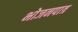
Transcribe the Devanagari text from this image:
भोजनपात्र